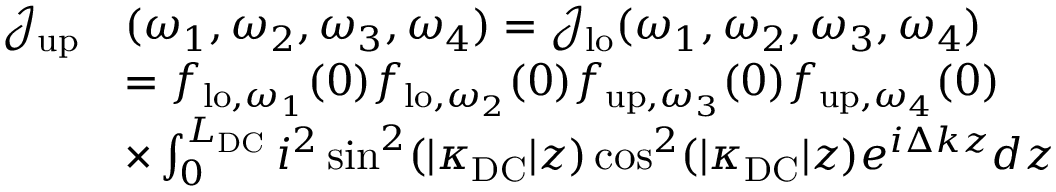
\begin{array} { r l } { \mathcal { J } _ { \mathrm { u p } } } & { ( \omega _ { 1 } , \omega _ { 2 } , \omega _ { 3 } , \omega _ { 4 } ) = \mathcal { J } _ { \mathrm { l o } } ( \omega _ { 1 } , \omega _ { 2 } , \omega _ { 3 } , \omega _ { 4 } ) } \\ & { = { f } _ { \mathrm { l o } , \omega _ { 1 } } ( 0 ) { f } _ { \mathrm { l o } , \omega _ { 2 } } ( 0 ) { f } _ { \mathrm { u p } , \omega _ { 3 } } ( 0 ) { f } _ { \mathrm { u p } , \omega _ { 4 } } ( 0 ) } \\ & { \times \int _ { 0 } ^ { L _ { \mathrm { D C } } } i ^ { 2 } \sin ^ { 2 } ( | \kappa _ { \mathrm { D C } } | z ) \cos ^ { 2 } ( | \kappa _ { \mathrm { D C } } | z ) e ^ { i \Delta k z } d z } \end{array}